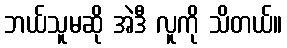
ဘယ်သူမဆို အဲဒီ လူကို သိတယ်။